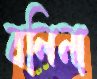
বলিনা